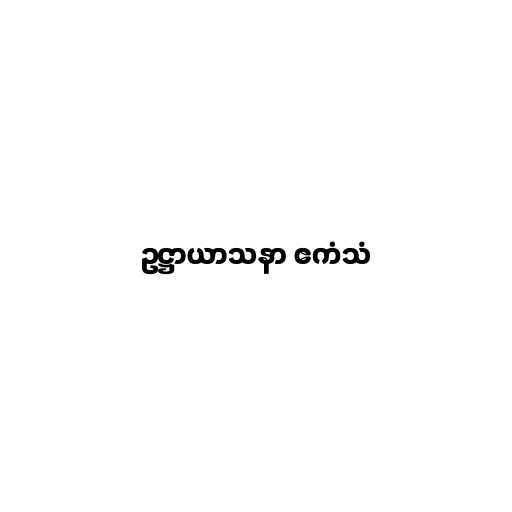
ဥဋ္ဌာယာသနာ ဧကံသံ